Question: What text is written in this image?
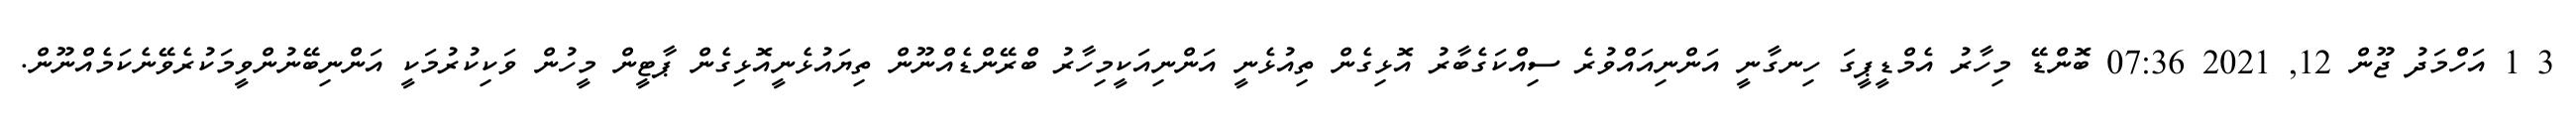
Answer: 3 1 އަހްމަދު ޖޫން 12, 2021 07:36 ބޮންޑޭ މިހާރު އެމްޑީޕީގަ ހިނގާނީ އަންނިއައްވުރެ ސިއްކަގެބާރު އޮޅިގެން ތިއުޅެނީ އަންނިއަކީމިހާރު ބްރޭންޑެއްނޫން ތިޔައުޅެނީއޮޅިގެން ޕާޓީން މީހުން ވަކިކުރުމަކީ އަންނިބޭނުންވީމަކުރެވޭނެކަމެއްނޫން.